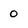
Character: 0